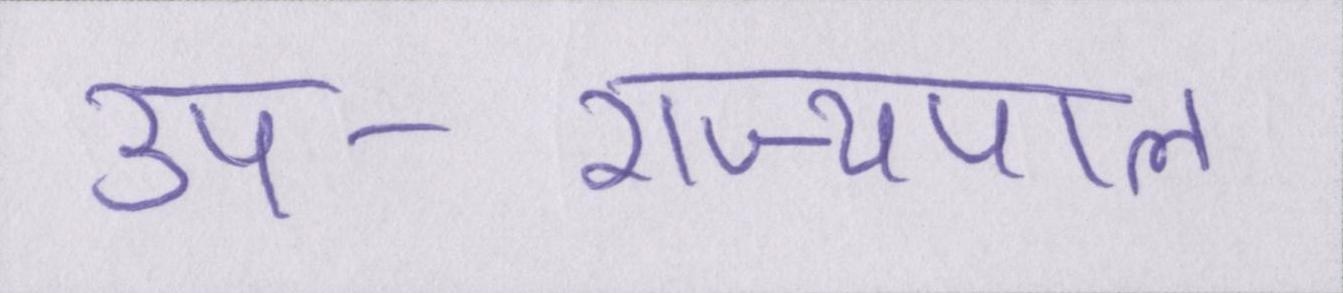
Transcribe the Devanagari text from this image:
उप-राज्यपाल